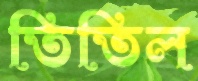
তিতিল